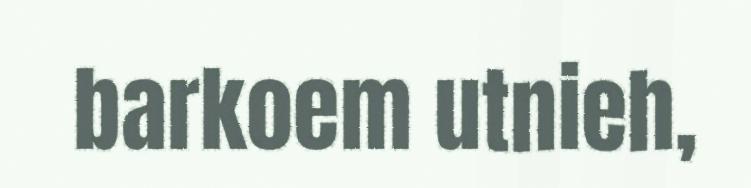
barkoem utnieh,